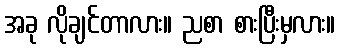
အခု လိုချင်တာလား။ ညစာ စားပြီးမှလား။